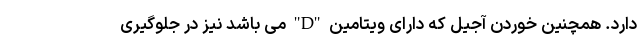
دارد. همچنین خوردن آجیل که دارای ویتامین "D" می باشد نیز در جلوگیری